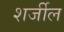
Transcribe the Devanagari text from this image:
शर्जील